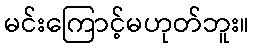
မင်းကြောင့်မဟုတ်ဘူး။